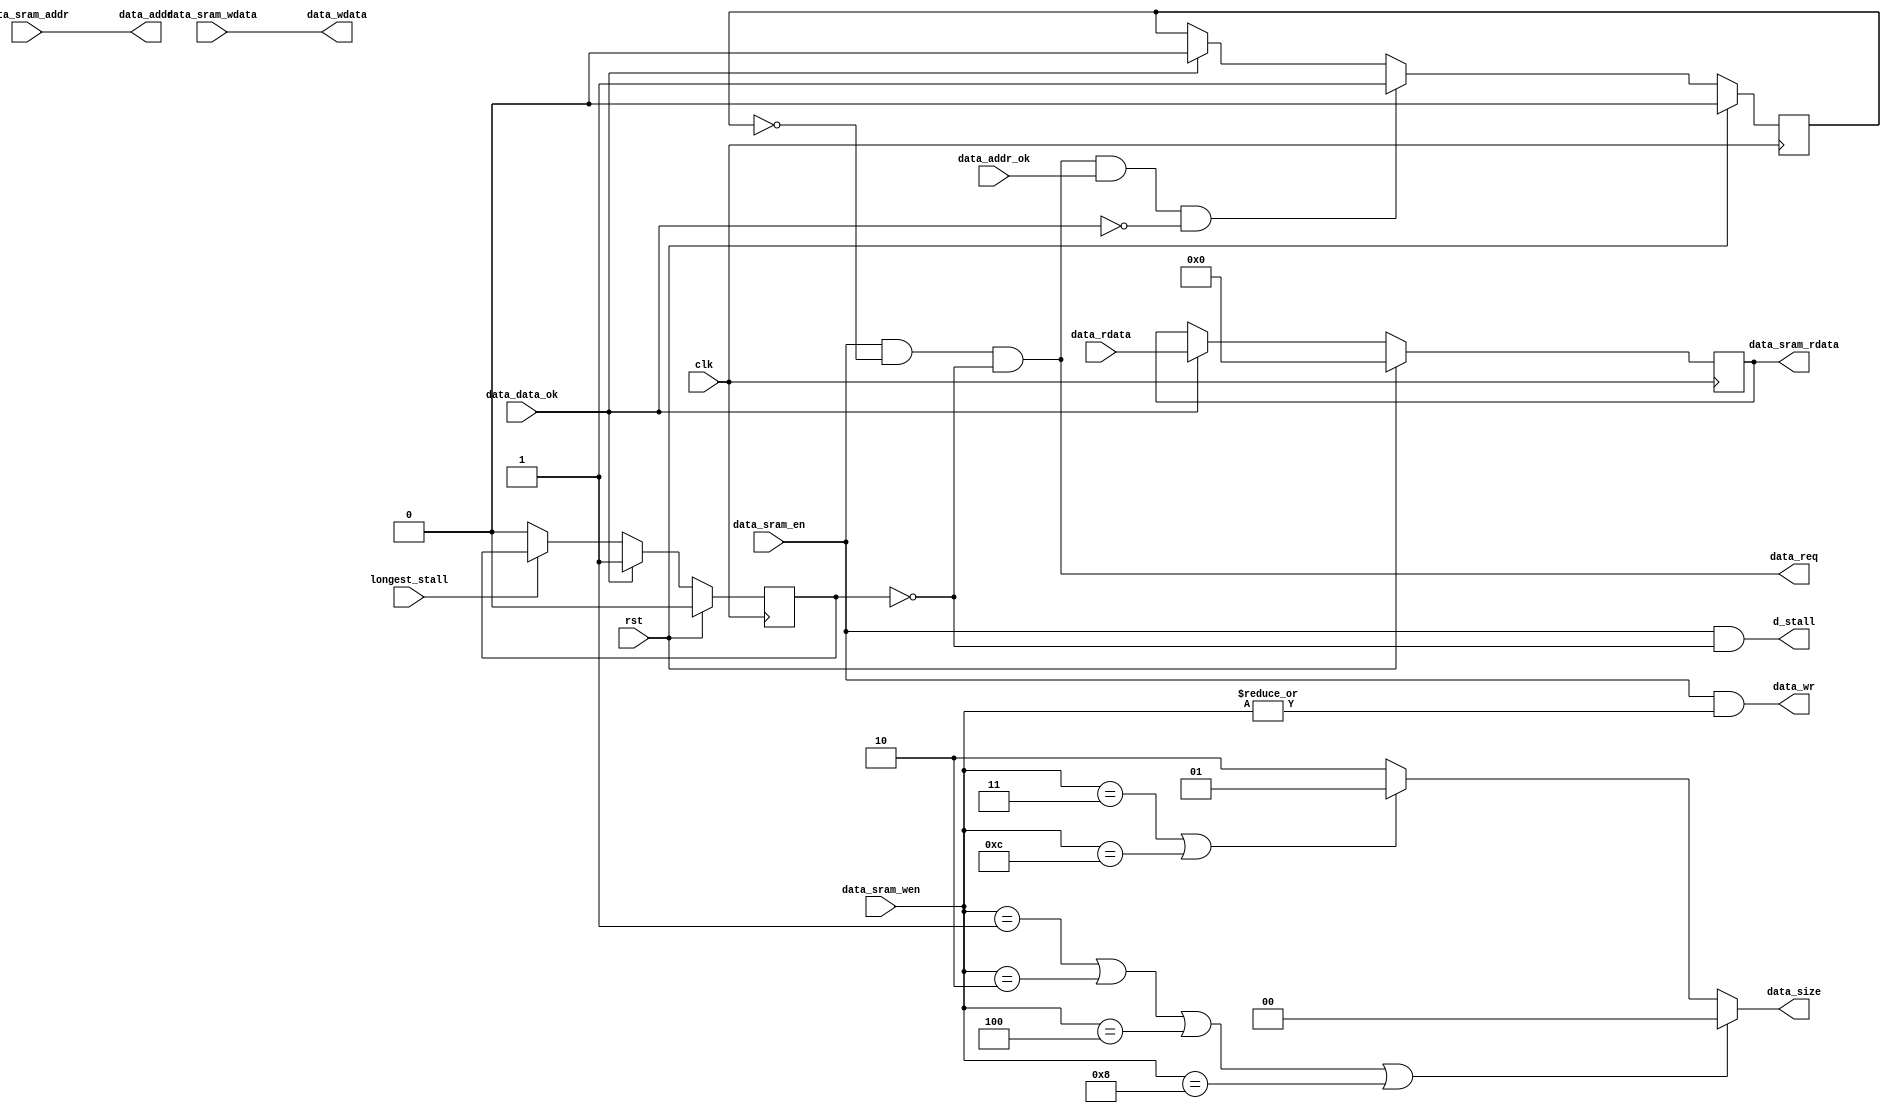
module d_sram2sraml(
    input wire clk, rst,
    //sram
    input wire data_sram_en,
    input wire [31:0] data_sram_addr,
    output wire [31:0] data_sram_rdata,
    input wire [3:0] data_sram_wen,
    input wire [31:0] data_sram_wdata,
    output wire d_stall,
    input wire longest_stall,

    //sram like
    output wire data_req,    //
    output wire data_wr,
    output wire [1:0] data_size,
    output wire [31:0] data_addr,   
    output wire [31:0] data_wdata,
    input wire [31:0] data_rdata,
    input wire data_addr_ok,
    input wire data_data_ok
);
    reg addr_rcv;      //
    reg do_finish;     //

    always @(posedge clk) begin
        addr_rcv <= rst          ? 1'b0 :
                    data_req & data_addr_ok & ~data_data_ok ? 1'b1 :    //data_reqaddr_rcvaddr_okdata_okdata_ok
                    data_data_ok ? 1'b0 : addr_rcv;
    end

    always @(posedge clk) begin
        do_finish <= rst          ? 1'b0 :
                     data_data_ok ? 1'b1 :
                     ~longest_stall ? 1'b0 : do_finish;
    end

    //save rdata
    reg [31:0] data_rdata_save;
    always @(posedge clk) begin
        data_rdata_save <= rst ? 32'b0:
                           data_data_ok ? data_rdata : data_rdata_save;
    end

    //sram like
    assign data_req = data_sram_en & ~addr_rcv & ~do_finish;
    assign data_wr = data_sram_en & |data_sram_wen;
    assign data_size = (data_sram_wen==4'b0001 || data_sram_wen==4'b0010 || data_sram_wen==4'b0100 || data_sram_wen==4'b1000) ? 2'b00:
                       (data_sram_wen==4'b0011 || data_sram_wen==4'b1100 ) ? 2'b01 : 2'b10;
    assign data_addr = data_sram_addr;
    assign data_wdata = data_sram_wdata;

    //sram
    assign data_sram_rdata = data_rdata_save;
    assign d_stall = data_sram_en & ~do_finish;
endmodule